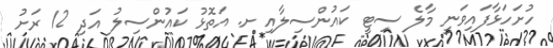
ހުށަހަޅާފައިވަނީ މާލެ ސިޓީ ކައުންސިލާއި ށ. އަތޮޅު ކައުންސިލު އަދި 12 ރަށު